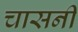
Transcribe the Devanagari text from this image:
चासनी